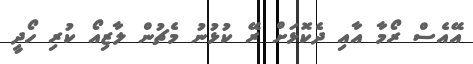
އޭއެސް ރޯމާ އާއި ދެކޮޅަށް ރޭ ކުޅުނު މެޗުން ލާޒިއޯ ކުރި ހޯދީ